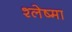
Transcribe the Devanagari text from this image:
श्‍लेष्‍मा